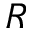
R